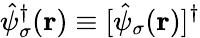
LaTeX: \hat{\psi}_{\sigma}^{\dagger}(\textbf{r})\equiv[\hat{\psi}_{\sigma}(\textbf{r})]^{\dagger}